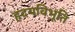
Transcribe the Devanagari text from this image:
हृदयविभूति